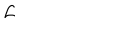
LaTeX: { \cal L }